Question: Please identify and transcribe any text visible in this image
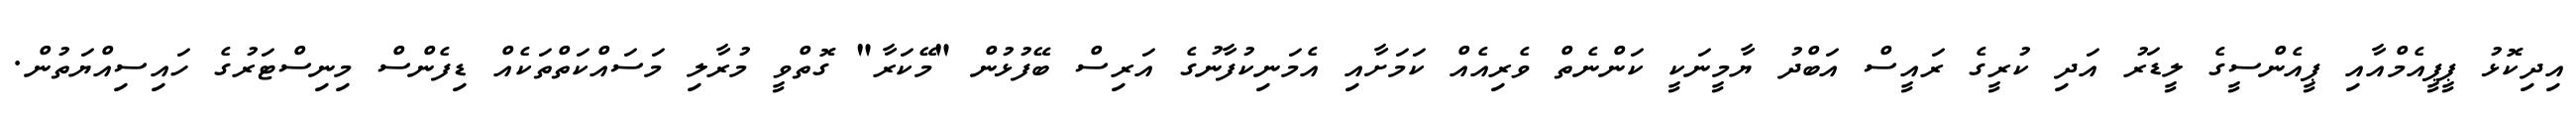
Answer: އިދިކޮޅު ޕީޕީއެމްއާއި ޕީއެންސީގެ ލީޑަރު އަދި ކުރީގެ ރައީސް އަބްދު ޔާމީނަކީ ކަންނެތް ވެރިއެއް ކަމަށާއި އެމަނިކުފާނުގެ އަރިސް ބޭފުޅުން "މޭކަރާ" ގޮތްވީ މުރާލި މަސައްކަތްތަކެއް ޑިފެންސް މިނިސްޓަރުގެ ހައިސިއްޔަތުން.